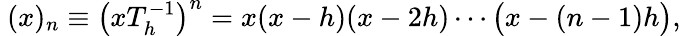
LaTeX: ~(x)_{n}\equiv\left(xT_{h}^{-1}\right)^{n}=x(x-h)(x-2h)\cdots{\bigl(}x-(n-1)h{\bigr)},